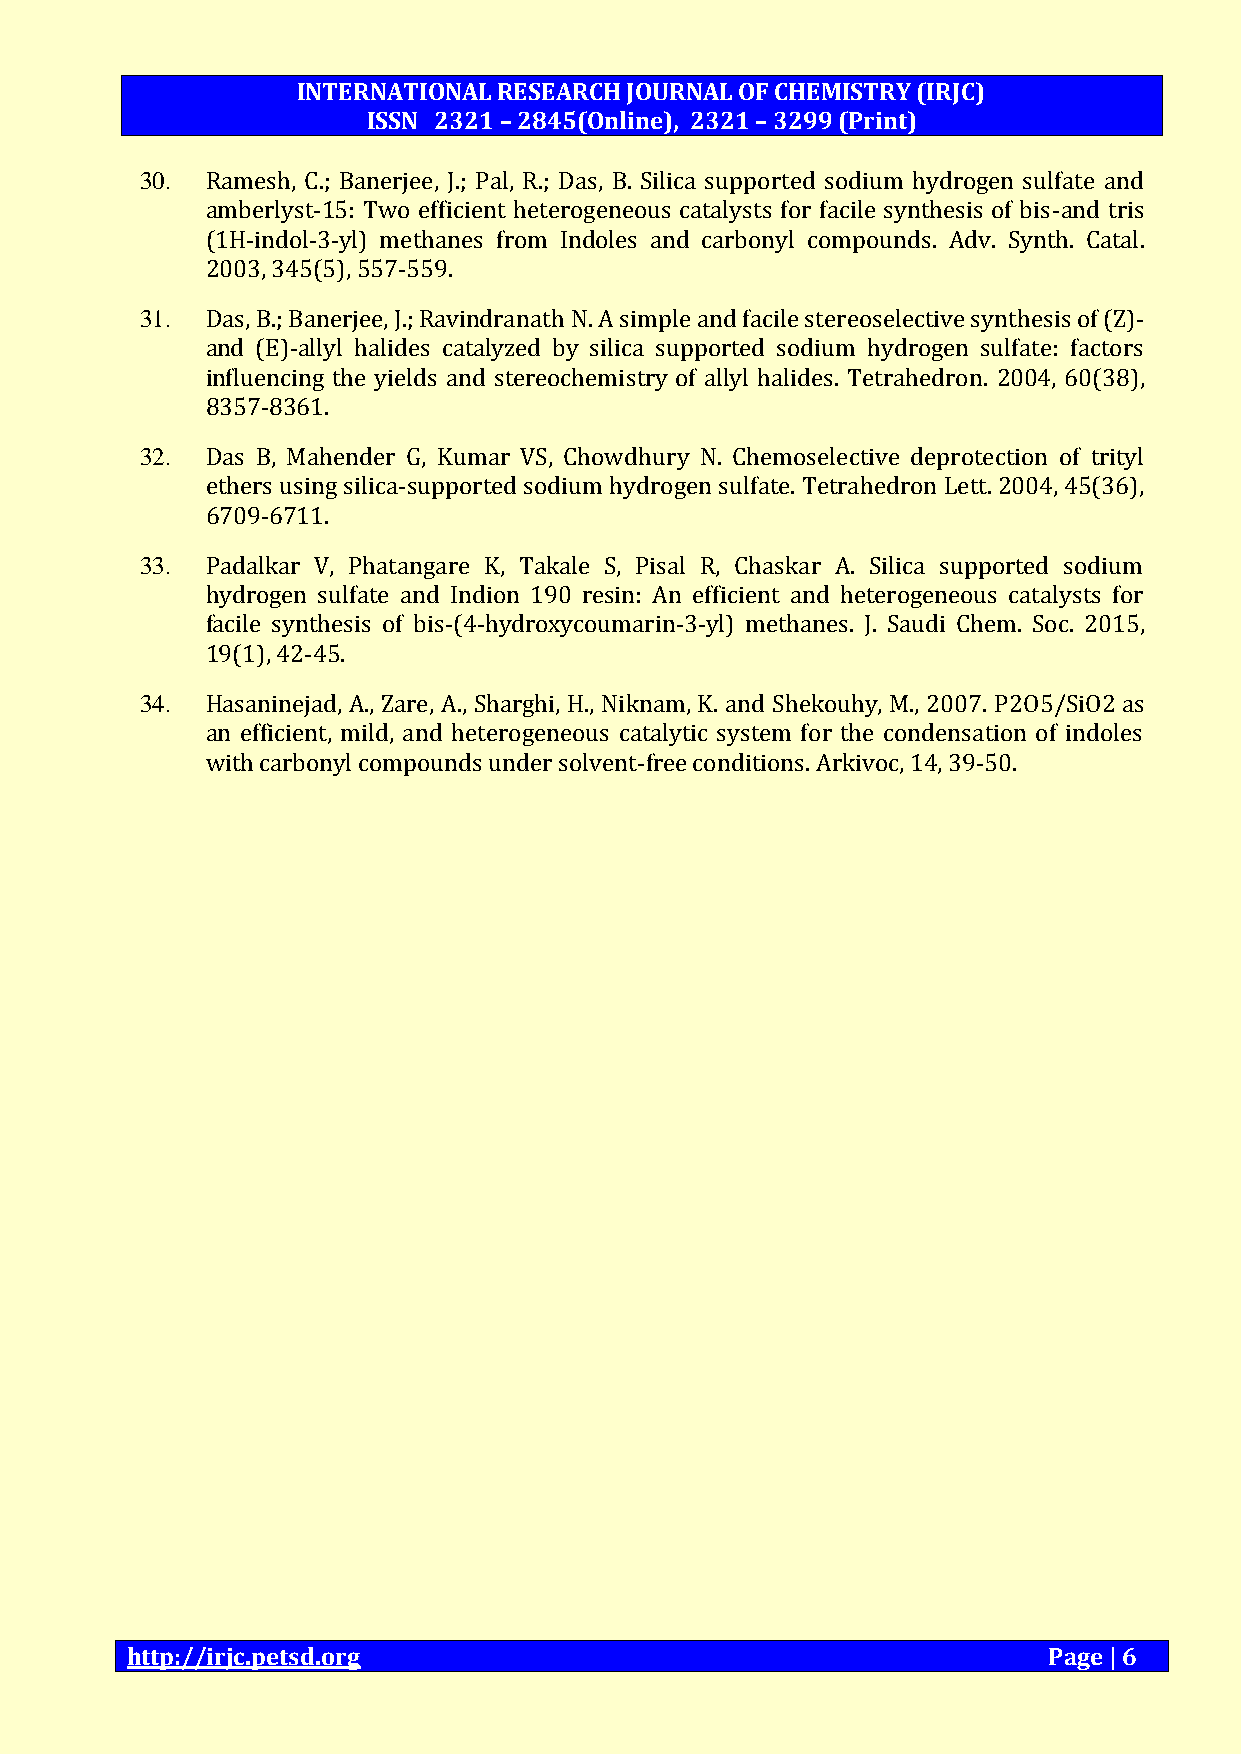
INTERNATIONAL RESEARCH JOURNAL OF CHEMISTRY (IRJC)
 ISSN 2321 – 2845(Online), 2321 – 3299 (Print)
 30.  Ramesh, C.; Banerjee, J.; Pal, R.; Das, B. Silica supported sodium hydrogen sulfate and
 amberlyst‐15: Two efficient heterogeneous catalysts for facile synthesis of bis‐and tris
 (1H‐indol‐3‐yl) methanes from Indoles and carbonyl compounds. Adv. Synth. Catal.
 2003, 345(5), 557-559.
 31.  Das, B.; Banerjee, J.; Ravindranath N. A simple and facile stereoselective synthesis of (Z)-
 and (E)-allyl halides catalyzed by silica supported sodium hydrogen sulfate: factors
 influencing the yields and stereochemistry of allyl halides. Tetrahedron. 2004, 60(38),
 8357-8361.
 32.  Das B, Mahender G, Kumar VS, Chowdhury N. Chemoselective deprotection of trityl
 ethers using silica-supported sodium hydrogen sulfate. Tetrahedron Lett. 2004, 45(36),
 6709-6711.
 33.  Padalkar V, Phatangare K, Takale S, Pisal R, Chaskar A. Silica supported sodium
 hydrogen sulfate and Indion 190 resin: An efficient and heterogeneous catalysts for
 facile synthesis of bis-(4-hydroxycoumarin-3-yl) methanes. J. Saudi Chem. Soc. 2015,
 19(1), 42-45.
 34.  Hasaninejad, A., Zare, A., Sharghi, H., Niknam, K. and Shekouhy, M., 2007. P2O5/SiO2 as
 an efficient, mild, and heterogeneous catalytic system for the condensation of indoles
 with carbonyl compounds under solvent-free conditions. Arkivoc, 14, 39-50.
 http://irjc.petsd.org                                        Page | 6